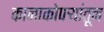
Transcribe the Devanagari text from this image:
कानाकोपर्‍यांतून